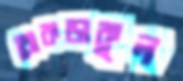
ধোকড়াকুল